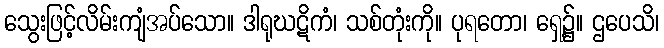
သွေးဖြင့်လိမ်းကျံအပ်သော။ ဒါရုဃဋိကံ၊ သစ်တုံးကို။ ပုရတော၊ ရှေ့၌။ ဌပေသိ၊